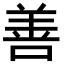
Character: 善